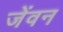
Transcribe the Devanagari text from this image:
जेंवन